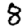
Digit: 8